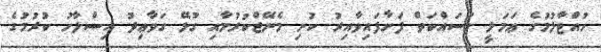
ހުއްޓާލުމުގެ ޢަމަލީ މަސައްކަތް ފަށާފައިވާއިރު ކުނި މެނޭޖްކުރުމާއި ގުޅޭ ގަވާޢިދު އިސްލާހު ކުރުމުގެ